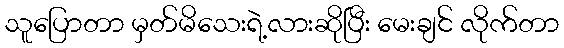
သူပြောတာ မှတ်မိသေးရဲ့လားဆိုပြီး မေးချင် လိုက်တာ